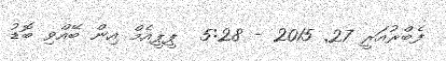
ފެބްރުއަރީ 27